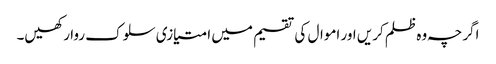
اگرچہ وہ ظلم کریں اور اموال کی تقسیم میں امتیازی سلوک روا رکھیں۔